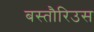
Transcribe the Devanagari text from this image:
बस्तौरिउस